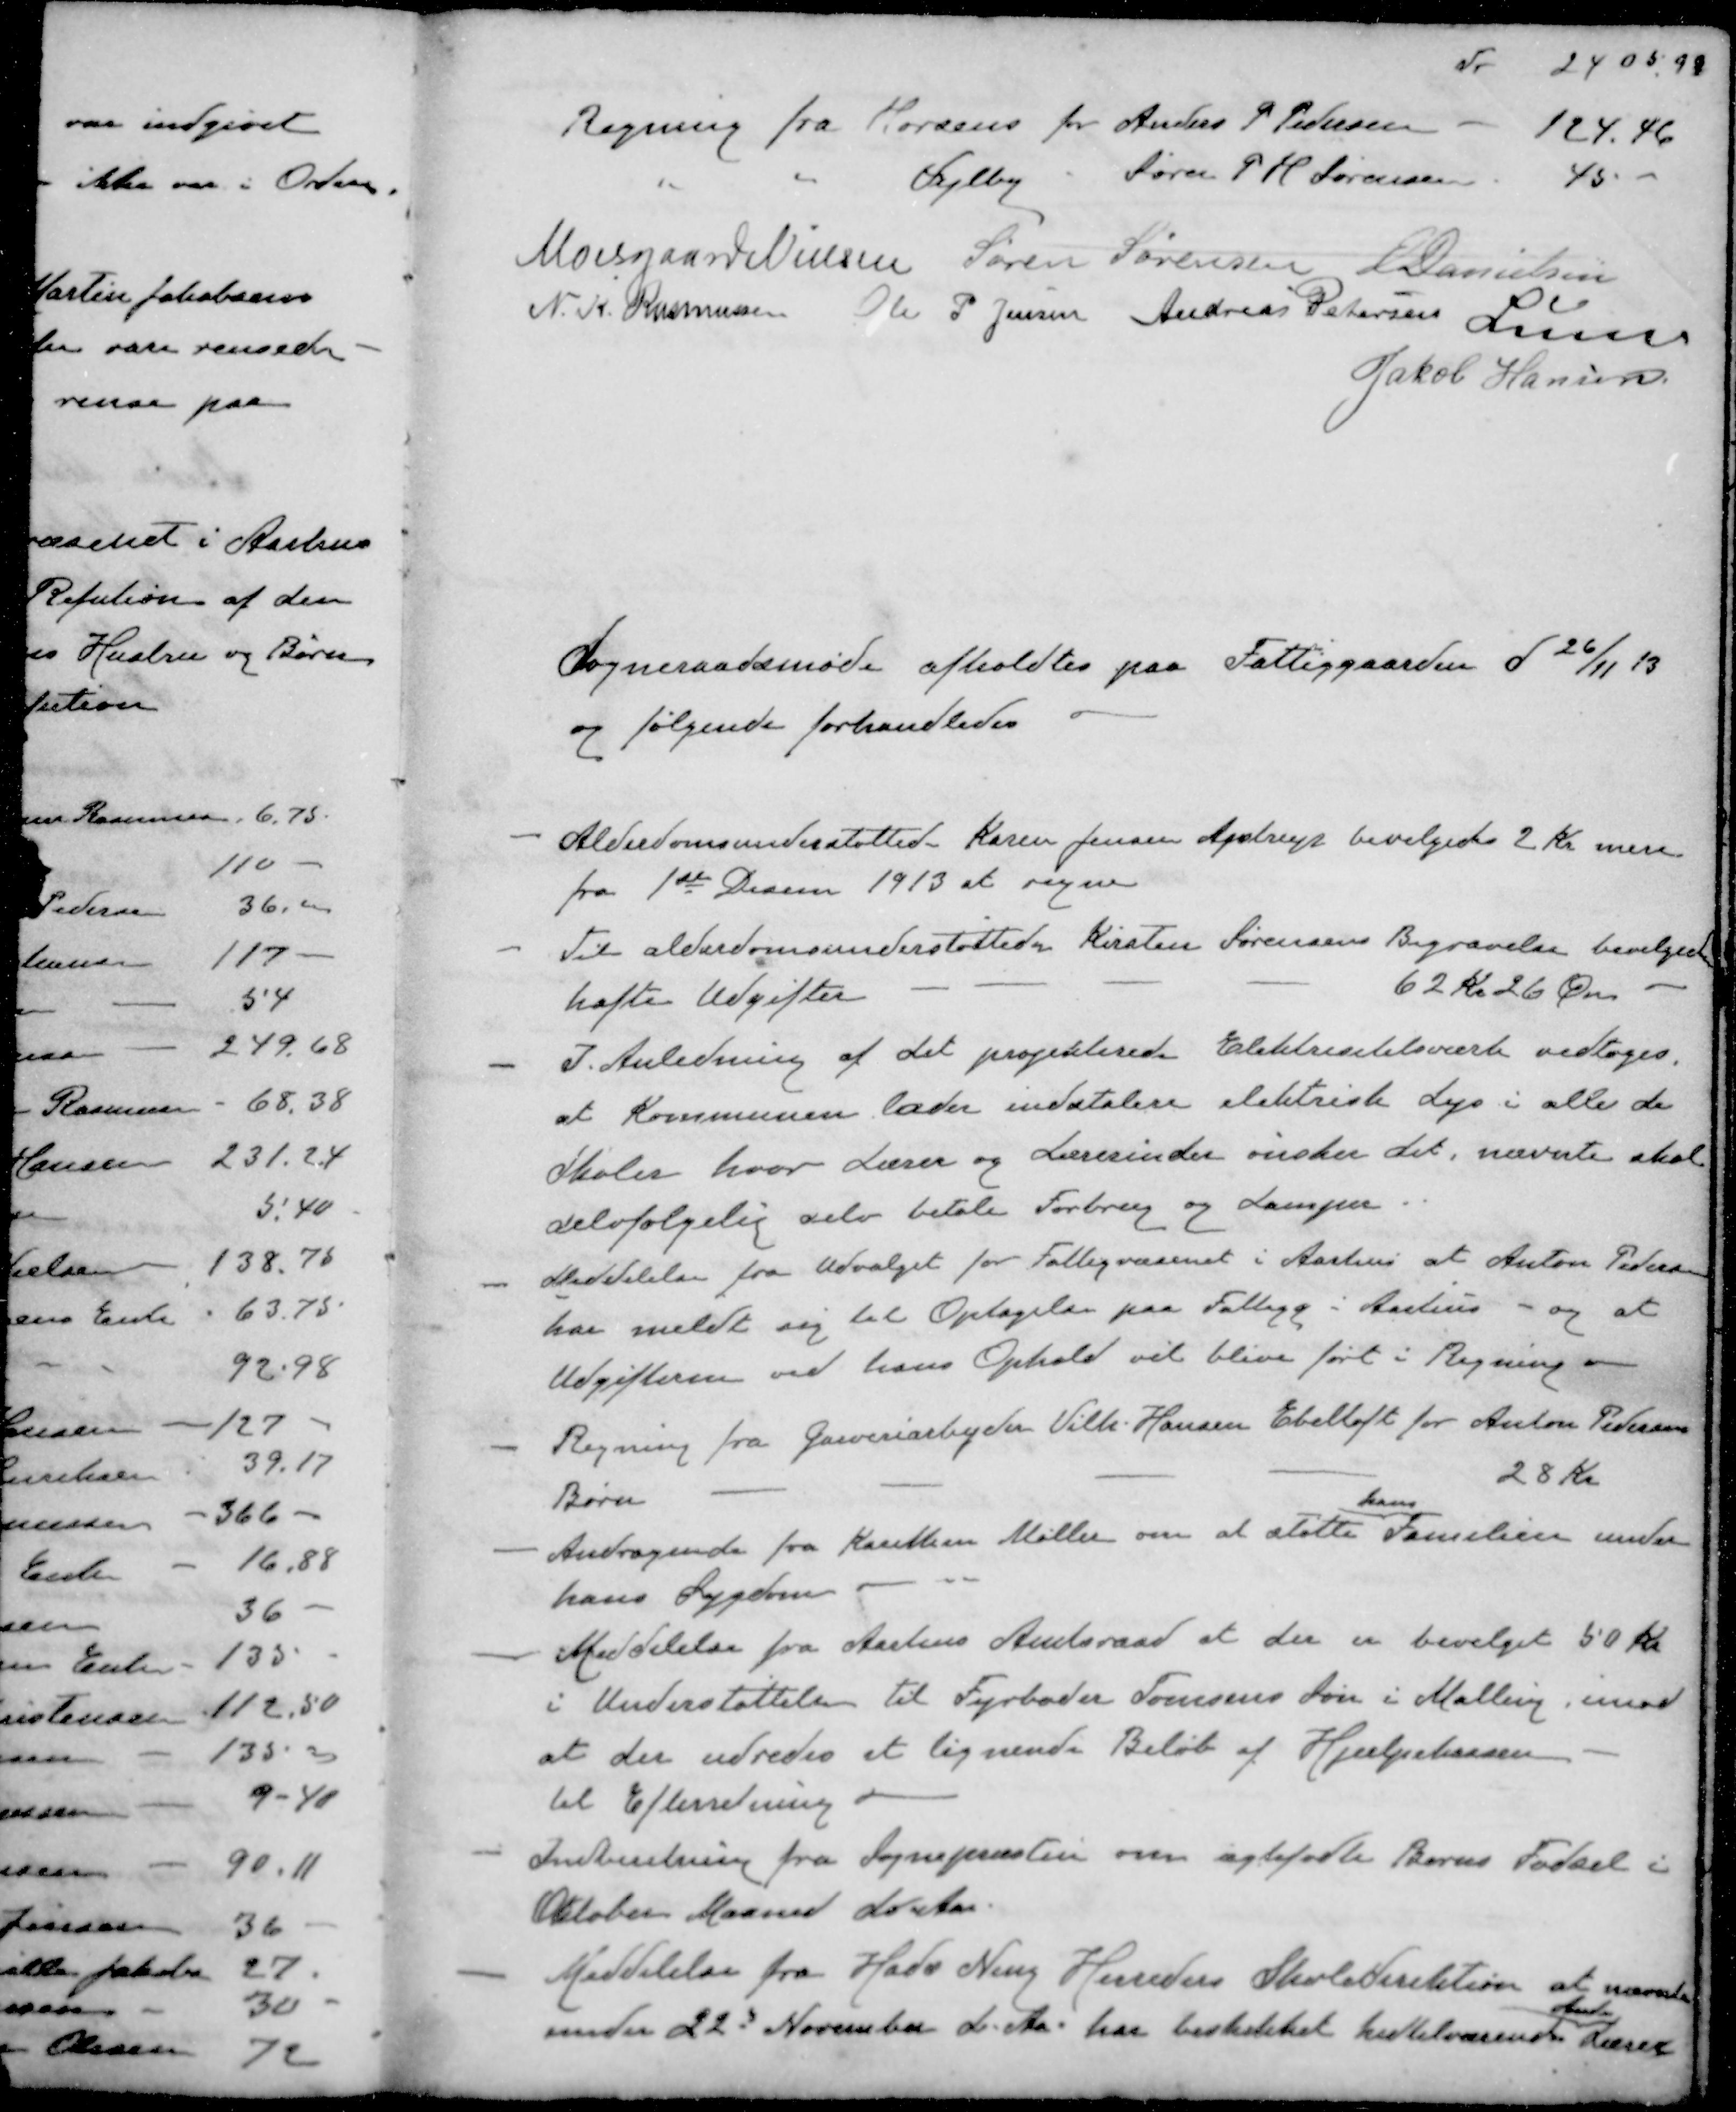
Transskription:
Nr 2405,98
Regning fra Horsens for Anders P Pedersen - 124,46
" " Vejlby " Søren P H Sørensen 45-
Moesgaard Nielsen
Søren Sørensen
E Danielsen
N. K. Rasmussen
Ole P Jensen
Andreas Petersen
Lunn
Jakob Hansen
Sogneraadsmøde afholdtes paa Fattiggaarden d 26/11 13
og følgende forhandledes
- Alderdomsunderstøttede Karen Jensen Ajstrup bevilgedes 2 Kr mere
fra 1ste Decem 1913 at regne
- Til alderdomsunderstøttede Kirsten Sørensens Begravelse bevilgedes
hafte Udgifter - - - - 62 kr. 26 Øre
- I Anledning af det projekterede Elektricitetsværk vedtoges.
at Kommunen lader indstalere elektriske Lys i alle de
Skoler hvor Lærer og Lærerinder ønsker det, nævnte skal
selvfølgelse selv betale Forbrug og Lamper
- Meddelelse fra Udvalget for Fattigvæsenet i Aarhus at Anton Pedersen
har meldt sig til Optagelse paa Fattigg i Aarhus - og at
Udgifterne ved hans Ophold vil blive ført i Regning
- Regning fra Garveriarbejder Vilh. Hansen Ebeltoft for Anton Pedersen
Børn - - - - 28 Kr
hans
- Andragende fra Karethm Møller om at støtte Familien under
hans Sygdom
- Meddelelse fra Aarhus Amtsraad at der er bevilget 50 kr
i Understøttelsen til Fyrbøder Sørensens Søn i Malling, imod
at der udredes et lignende Beløb af Hjælpekassen - 
til Efterretning.
- Indberetning fra Sognepræsten om ægtefødte Børns Fødsel i
Oktober Maaned d. Aar
- Meddelelse fra Hads Ning Herreders Skoledirektion at nævnte
Anden
under 22d November d. Aar har beskikket hertilværende Lærer